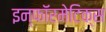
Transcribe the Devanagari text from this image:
इन्‍फॉरमेटिक्‍स